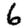
Digit: 6